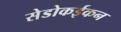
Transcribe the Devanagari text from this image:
सेडोकईकन